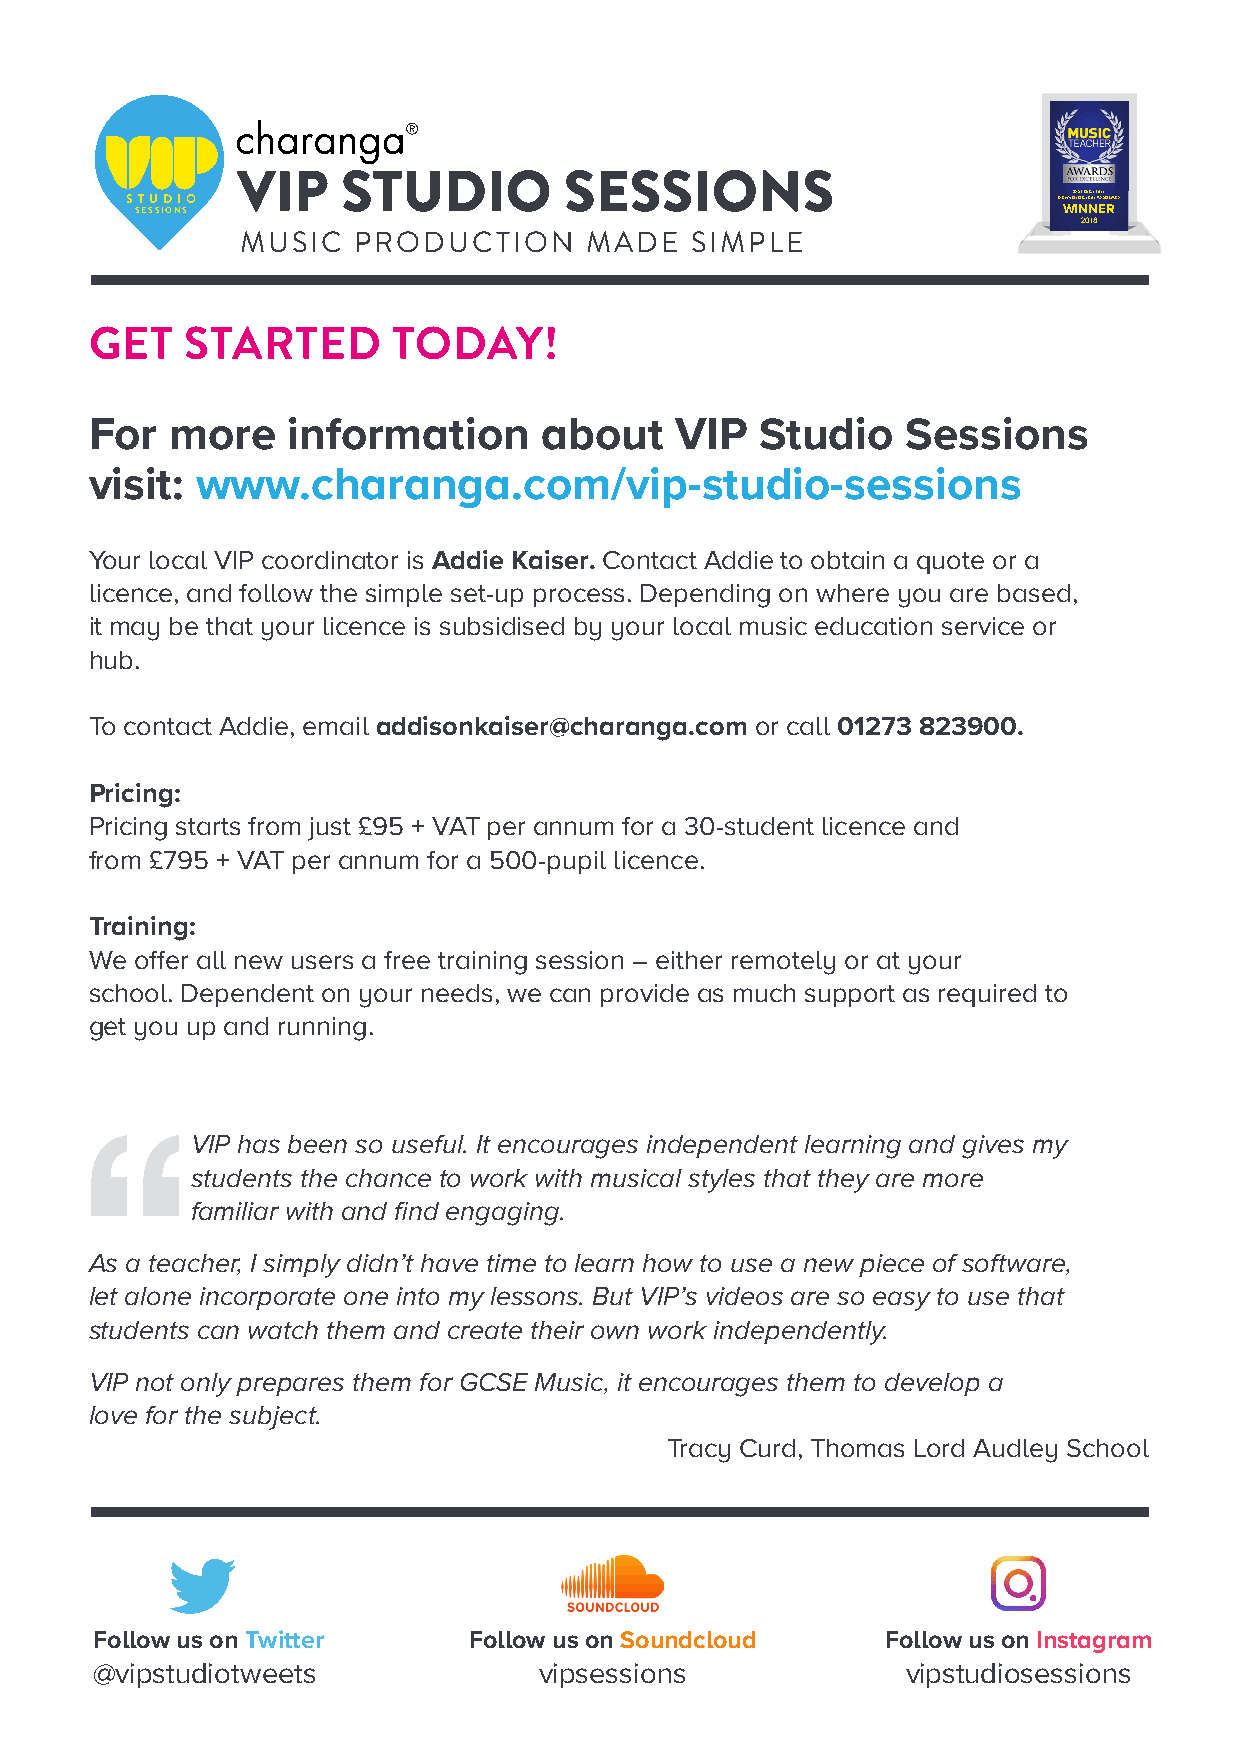
VIP    STUDIO        SESSIONS
 STUDIO                                                        TECHNB OE LS OT G D ICIG AI LT RAL E/ SOURCE
 SESSIONS                                                     WINNER
 2018
 MUSIC  PRODUCTION      MADE   SIMPLE
 GET   STARTED       TODAY!
 For  more    information      about    VIP  Studio    Sessions
 visit: www.charanga.com/vip-studio-sessions
 Your local VIP coordinator is Addie Kaiser. Contact Addie to obtain a quote or a
 licence, and follow the simple set-up process. Depending on where you are based,
 it may be that your licence is subsidised by your local music education service or
 hub.
 To contact Addie, email addisonkaiser@charanga.com or call 01273 823900.
 Pricing:
 Pricing starts from just £95 + VAT per annum for a 30-student licence and
 from £795 + VAT per annum for a 500-pupil licence.
 Training:
 We offer all new users a free training session – either remotely or at your
 school. Dependent on your needs, we can provide as much support as required to
 get you up and running.
 VIP has been so useful. It encourages independent learning and gives my
 students the chance to work with musical styles that they are more
 familiar with and find engaging.
 As a teacher, I simply didn’t have time to learn how to use a new piece of software,
 let alone incorporate one into my lessons. But VIP’s videos are so easy to use that
 students can watch them and create their own work independently.
 VIP not only prepares them for GCSE Music, it encourages them to develop a
 love for the subject.
 Tracy Curd, Thomas Lord Audley School
 Follow us on Twitter     Follow us on Soundcloud     Follow us on Instagram
 @vipstudiotweets              vipsessions             vipstudiosessions